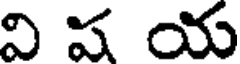
వి ష య